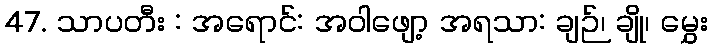
47. သာပတီး : အရောင်: အဝါဖျော့ အရသာ: ချဉ်၊ ချို၊ မွှေး